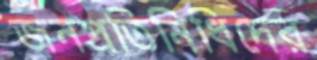
জনপ্রতিনিধিদের